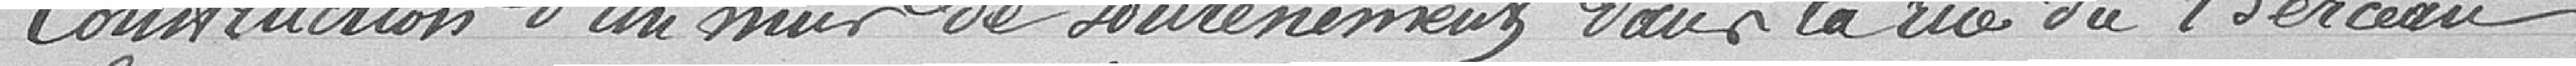
Construction d'un mur de soutènement pour la rue du Berceau